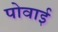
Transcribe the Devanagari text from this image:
पोवाई